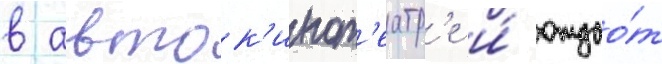
в авток'инот'еатр'е и́ отдао́т